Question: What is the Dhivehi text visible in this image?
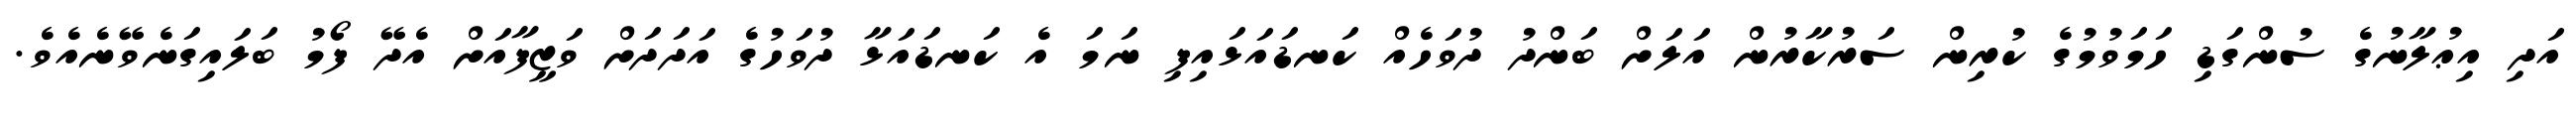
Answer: އަދި އިޢުލާނުގެ ސުންގަޑި ހަމަވުމުގެ ކުރިން ސަރުކާރުން އަލަށް ބަންދު ދުވަހެއް ކަނޑައަޅައިފި ނަމަ އެ ކަނޑައަޅާ ދުވަހުގެ އަދަދަށް ވަޒީފާއަށް އެދޭ ފޯމު ބަލައިގަނެވޭނެއެވެ.